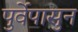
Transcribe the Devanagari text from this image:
पुर्वेपासुन